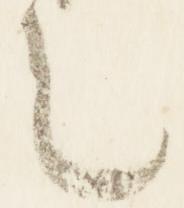
也